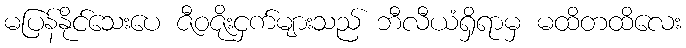
မပြန်နိုင်သေးပေ ဇီဝဇိုးငှက်များသည် ဘီလီယံရှိရာမှ မထိတထိလေး